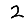
Digit: 2